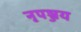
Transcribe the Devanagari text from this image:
नृपञ्जय